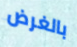
بالغرض